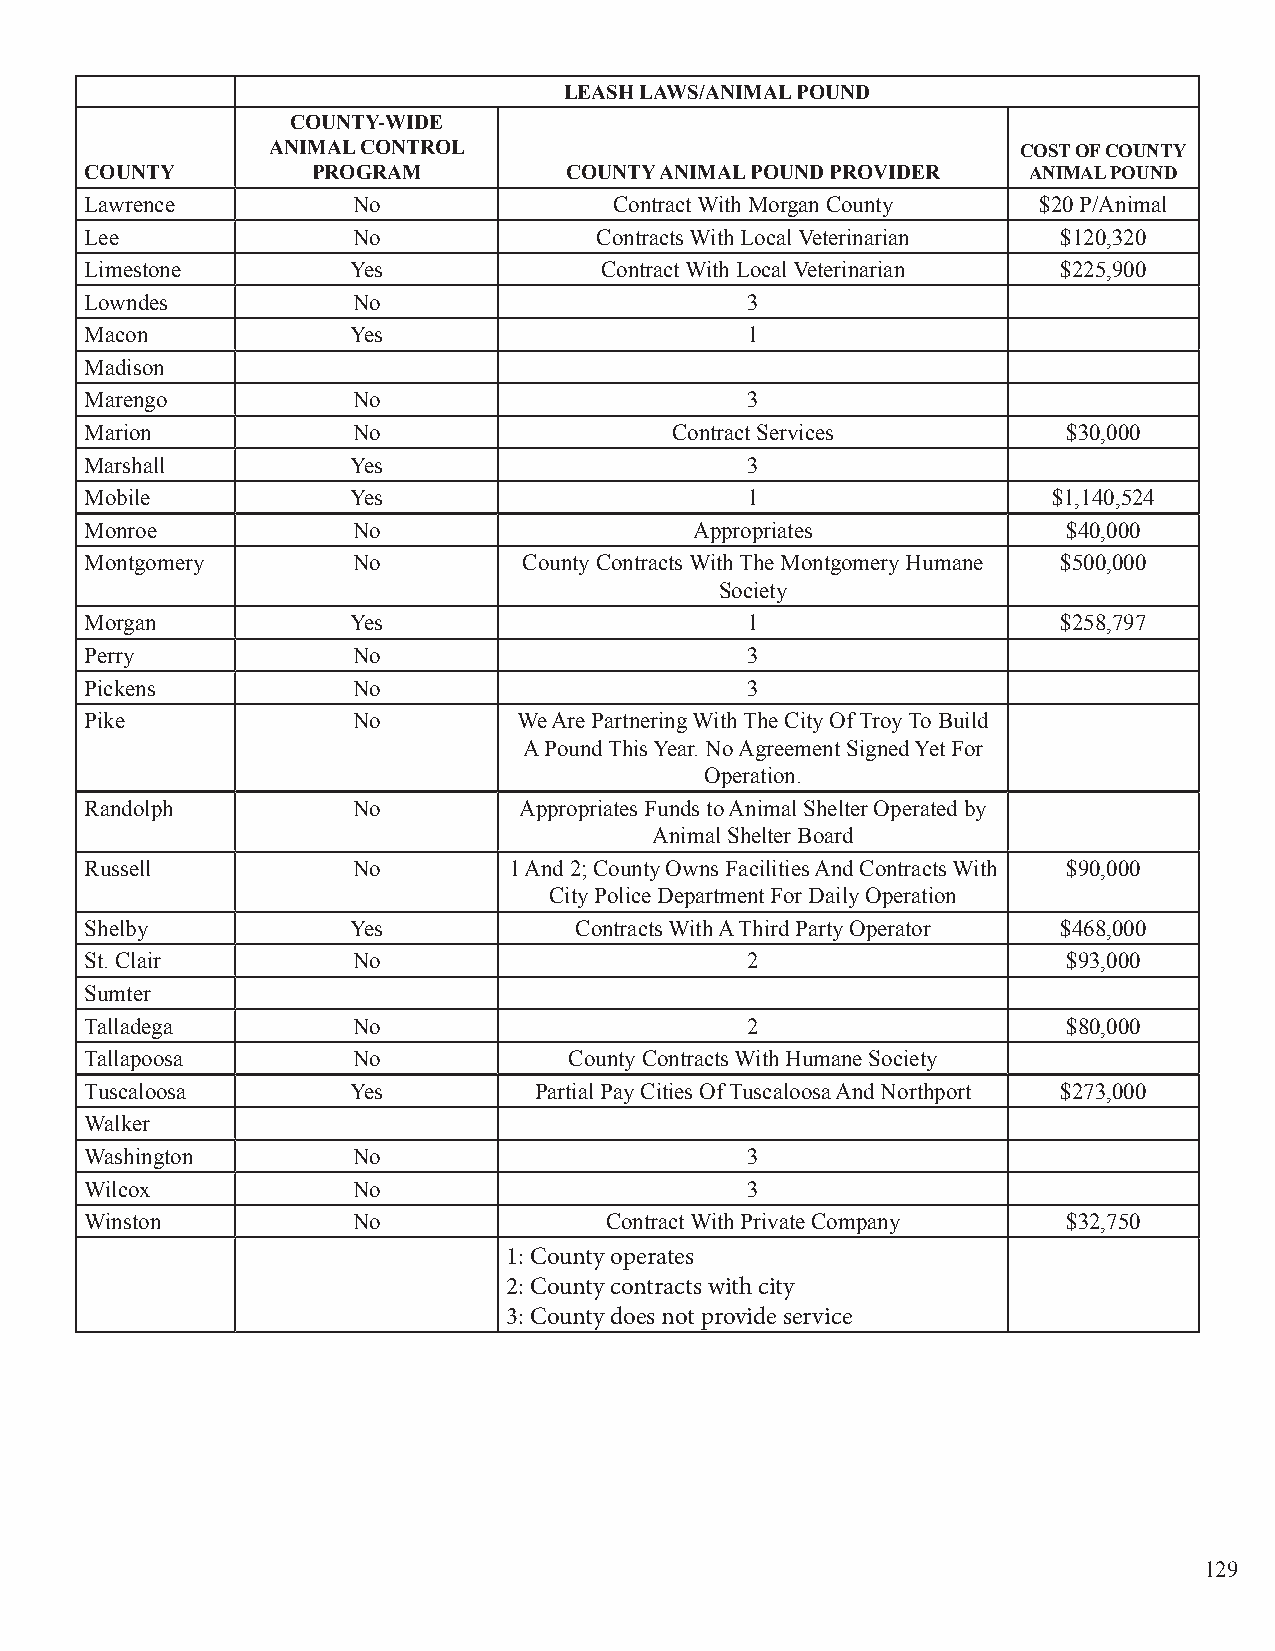
LEASH LAWS/ANIMAL POUND
 COUNTY-WIDE
 ANIMAL CONTROL                                    COST OF COUNTY
 COUNTY         PROGRAM         COUNTY ANIMAL POUND PROVIDER   ANIMAL POUND
 Lawrence         No                Contract With Morgan County $20 P/Animal
 Lee              No              Contracts With Local Veterinarian $120,320
 Limestone        Yes              Contract With Local Veterinarian $225,900
 Lowndes          No                        3
 Macon            Yes                       1
 Madison
 Marengo          No                        3
 Marion           No                   Contract Services          $30,000
 Marshall         Yes                       3
 Mobile           Yes                       1                    $1,140,524
 Monroe           No                     Appropriates             $40,000
 Montgomery       No          County Contracts With The Montgomery Humane $500,000
 Society
 Morgan           Yes                       1                    $258,797
 Perry            No                        3
 Pickens          No                        3
 Pike             No         We Are Partnering With The City Of Troy To Build
 A Pound This Year. No Agreement Signed Yet For
 Operation.
 Randolph         No         Appropriates Funds to Animal Shelter Operated by
 Animal Shelter Board
 Russell          No         1 And 2; County Owns Facilities And Contracts With $90,000
 City Police Department For Daily Operation
 Shelby           Yes            Contracts With A Third Party Operator $468,000
 St. Clair        No                        2                     $93,000
 Sumter
 Talladega        No                        2                     $80,000
 Tallapoosa       No             County Contracts With Humane Society
 Tuscaloosa       Yes         Partial Pay Cities Of Tuscaloosa And Northport $273,000
 Walker
 Washington       No                        3
 Wilcox           No                        3
 Winston          No               Contract With Private Company  $32,750
 1: County operates
 2: County contracts with city
 3: County does not provide service
 129